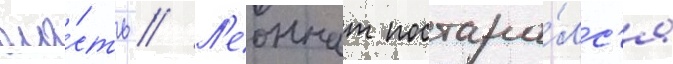
вла́сть // Л'еоннат постара́лс'я